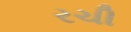
રચી